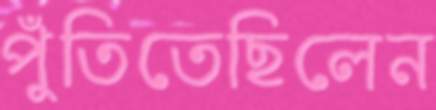
পুঁতিতেছিলেন